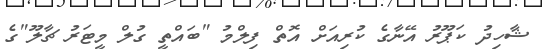
ޝާހިދު ކަޕޫރު އޭނާގެ ކުރިއަށް އޮތް ފިލްމު "ބައްތީ ގުލް މީޓަރު ޗާލޫ"ގެ